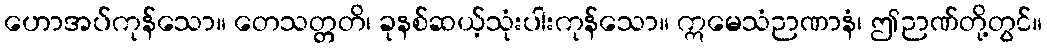
ဟောအပ်ကုန်သော။ တေသတ္တတိ၊ ခုနစ်ဆယ့်သုံးပါးကုန်သော။ ဣမေသံဉာဏာနံ၊ ဤဉာဏ်တို့တွင်။